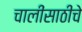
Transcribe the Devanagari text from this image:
चालींसाठीचे